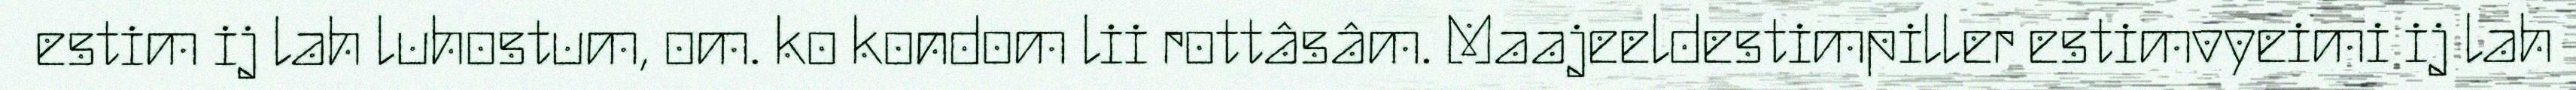
estim ij lah luhostum, om. ko kondom lii rottâsâm. Maajeeldestimpiller estimvyeimi ij lah